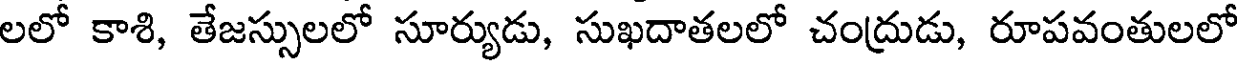
లలో కాశి, తేజస్సులలో సూర్యుడు, సుఖదాతలలో చంద్రుడు, రూపవంతులలో